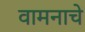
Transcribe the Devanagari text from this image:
वामनाचे